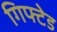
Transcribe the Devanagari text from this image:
गिफ्टेड